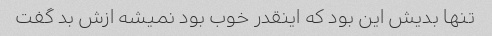
تنها بدیش این بود که اینقدر خوب بود نمیشه ازش بد گفت